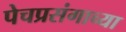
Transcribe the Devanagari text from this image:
पेचप्रसंगाच्या